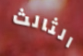
الثالث